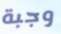
وجبة